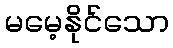
မမေ့နိုင်သော